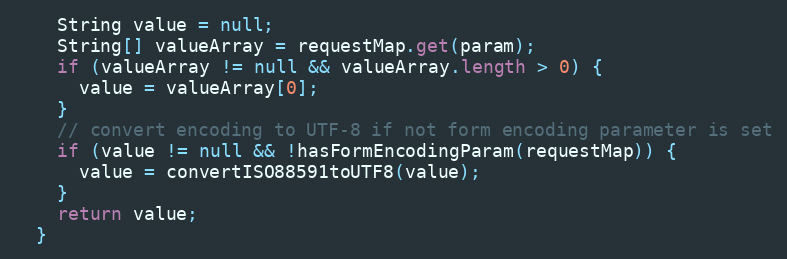
Language: Java
    String value = null;
    String[] valueArray = requestMap.get(param);
    if (valueArray != null && valueArray.length > 0) {
      value = valueArray[0];
    }
    // convert encoding to UTF-8 if not form encoding parameter is set
    if (value != null && !hasFormEncodingParam(requestMap)) {
      value = convertISO88591toUTF8(value);
    }
    return value;
  }